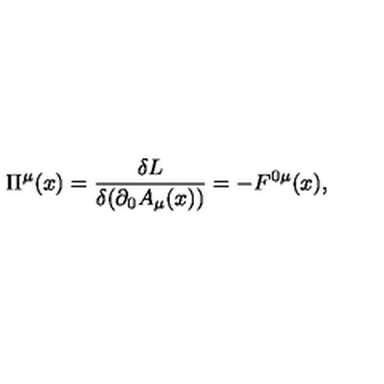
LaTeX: \Pi ^ { \mu } ( x ) = \frac { \delta L } { \delta ( \partial _ { 0 } A _ { \mu } ( x ) ) } = - F ^ { 0 \mu } ( x ) ,